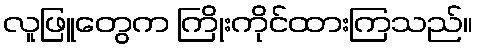
လူဖြူတွေက ကြိုးကိုင်ထားကြသည်။